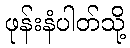
ဖုန်းနံပါတ်သို့